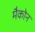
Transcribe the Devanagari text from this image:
मैकोन